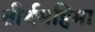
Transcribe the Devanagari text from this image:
तीर्थमहिमा